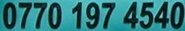
0770 197 4540